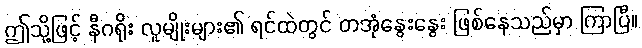
ဤသို့ဖြင့် နီဂရိုး လူမျိုးများ၏ ရင်ထဲတွင် တအုံနွေးနွေး ဖြစ်နေသည်မှာ ကြာပြီ။